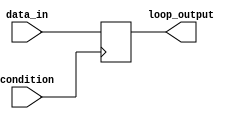
module Loop_with_Conditional_Statements (
    input condition,
    input data_in,
    output reg loop_output
);

always @ (posedge condition) begin
    if (condition) begin
        // Execute statements within the loop
        loop_output <= data_in;
    end
end

endmodule